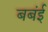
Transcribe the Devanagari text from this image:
बबंई